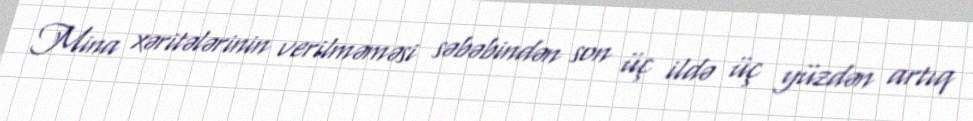
Mina xəritələrinin verilməməsi səbəbindən son üç ildə üç yüzdən artıq